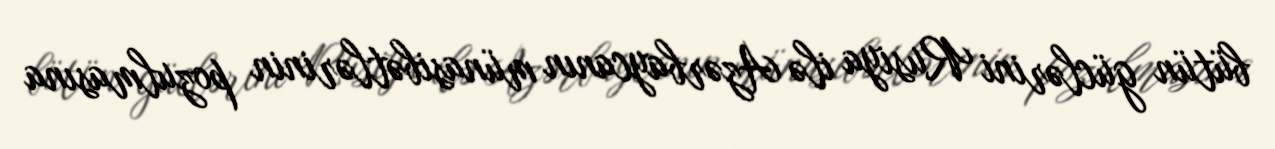
bütün güclərini Rusiya ilə Azərbaycanın münasibətlərinin pozulmasına